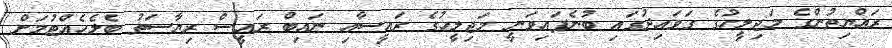
ރައްޔިތުންގެ މަޖިލީހުގެ ގަވައިދުގައި ބުނެފައިވަނީ މަޖިލީހުގެ ރައީސާއި ނައިބް ރައީސް ރިޔާސަތު ބެލެހެއްޓުމަށް